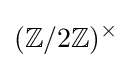
(\mathbb {Z} /2\mathbb {Z} )^{\times }